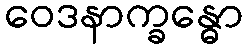
ဝေဒနာက္ခန္ဓော